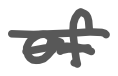
Text: of
Cross-out: mix
Writing tool: digital_gray